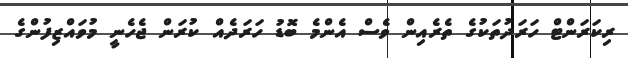
ރިކަރަންޓް ހަރަދުތަކުގެ ތެރެއިން ވެސް އެންމެ ބޮޑު ހަރަދެއް ކުރަން ޖެހެނީ މުވައްޒިފުންގެ